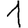
Digit: 1